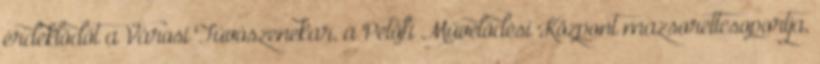
érdeklődőt a Városi Fúvószenekar, a Petőfi Művelődési Központ mazsorettcsoportja,